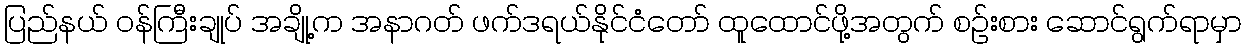
ပြည်နယ် ဝန်ကြီးချုပ် အချို့က အနာဂတ် ဖက်ဒရယ်နိုင်ငံတော် ထူထောင်ဖို့အတွက် စဉ်းစား ဆောင်ရွက်ရာမှာ